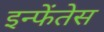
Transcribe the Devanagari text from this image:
इन्फेंतेस